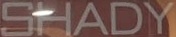
SHADY